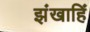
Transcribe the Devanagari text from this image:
झंखाहिं